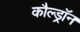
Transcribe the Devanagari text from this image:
कौल्ड्रॉन